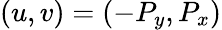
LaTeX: (u,v)=(-P_{y},P_{x})